French assistants in Scottish schools and training centres, 1923
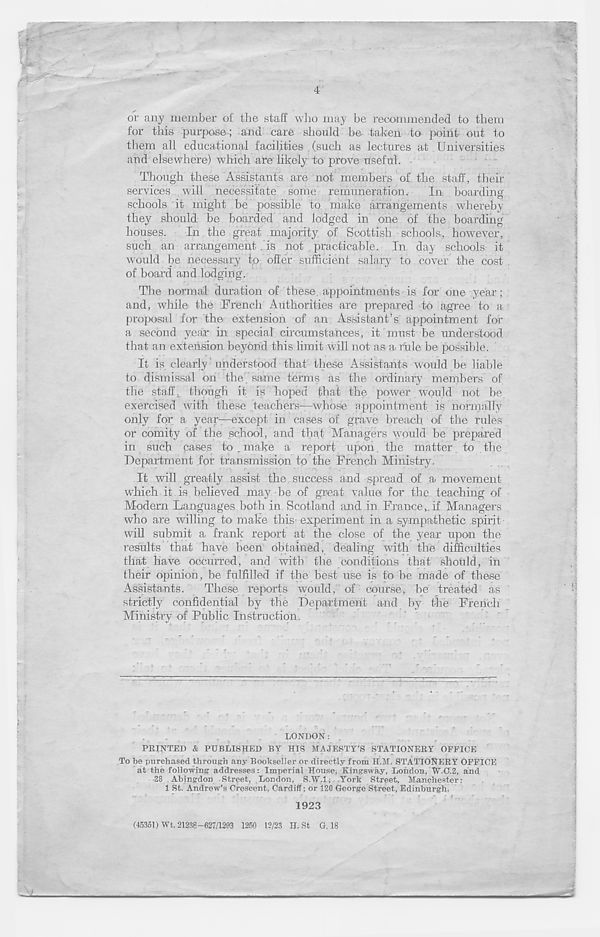
4
or any member of the staff who may be recommended to them
for this purpose; and care should be taken to point out to
them all educational facilities , (such, as lectures at Universities
and elsewhere) which are likely to prove useful.
Though these Assistants are not members of the staff, their
services will necessitate. soriie : remuneration.
In boarding
schools it might be possible to make arrangements whereby
they should be boarded and lodged in one of the boarding
houses. In the great majority of Scottish • schools, however,
such an arrangement .'is not practicable. In day schools it
would be necessary to offer sufficient salary to cover the cost
of board and lodging.
The normal duration of these, appointments is for one year;
and, while the French Authorities are prepared to agree to a
proposal for the extension of an Assistant’s appointment for
a second year in special circumstances, it must be understood
that an extension beyond this limit will not as a. rule be possible.
It is clearly understood that these Assistants would be liable
to dismissal on the . same terms as the ordinary members of
the staff, though it is hoped that the power Would not be,
exercised with these . teachers—-whose appointment, is normally
only for a year—except in cases of grave breach of the rules
or comity of the school, and that Managers would be prepared
in such cases to . make a report upon, the matter, to the.
Department for transmission to the French Ministry.
It will greatly assist the r success and spread of a movement
which it. is believed may be of great value for the teaching of
Modern Languages both in Scotland and in France^ if Managers
who are willing to make this experiment in a sympathetic spirit
will submit a frank report at the close of the year upon the
results that have been obtained, dealing with the difficulties
that have occurred, and with the conditions that should, in
their opinion, be fulfilled if the best use is to be made of these
Assistants.
These reports would, of course, be treated as
strictly confidential by the Department and by the French
Ministry of Public Instruction.
LONDON:
PRINTED & PUBLISHED BY HIS MAJESTY’S STATIONERY OFFICE
To be purchased through any Bookseller or directly from H.M. STATIONERY OFFICE
at the following addresses: Imperial House, Kingsway, London, W.C^, and
28 Abingdon Street, London, S.W.l; -York Street, Manchester;
1 St. Andrew’s Crescent, Cardiff; or 120 George Street, Edinburgh,
1923
(45351) Wt, 21238-627/1293 1250 12/23 H. St G, 18